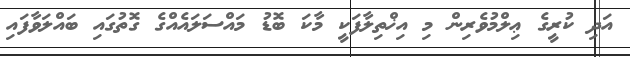
އަދި ކުރީގެ ޢިލްމުވެރިން މި އިޚްތިލާފަކީ މާކަ ބޮޑު މައްސަލައެއްގެ ގޮތުގައި ބައްލަވާފައި